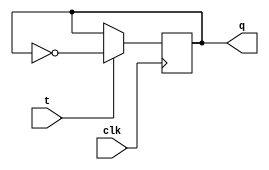
module tff(
  output q,
  input t,clk);
  reg q;
  initial
    q=0;
  always @ (posedge clk)
    begin
      if (t==1)
        q=~q;
      else if(t==0)
        q=q;
    end
endmodule